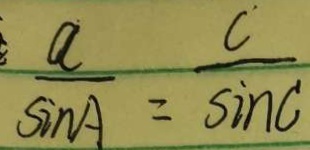
\frac { a } { \sin A } = \frac { c } { \sin C }